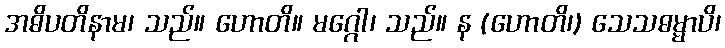
အဓိပတိနာမ၊ သည်။ ဟောတိ။ မဂ္ဂေါ၊ သည်။ န (ဟောတိ၊) သေသဓမ္မာပိ၊